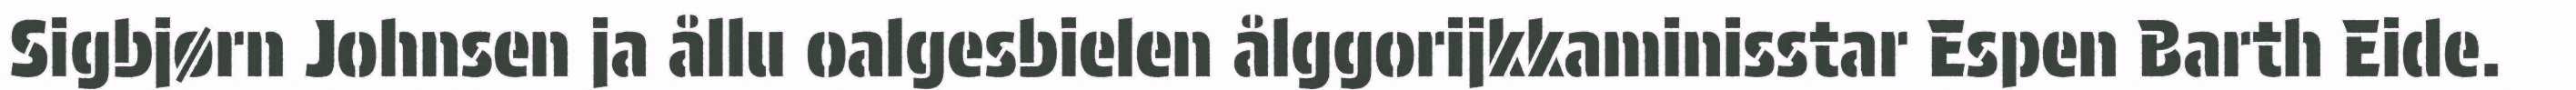
Sigbjørn Johnsen ja ållu oalgesbielen ålggorijkkaminisstar Espen Barth Eide.